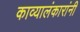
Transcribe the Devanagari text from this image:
काव्यालंकारांनी